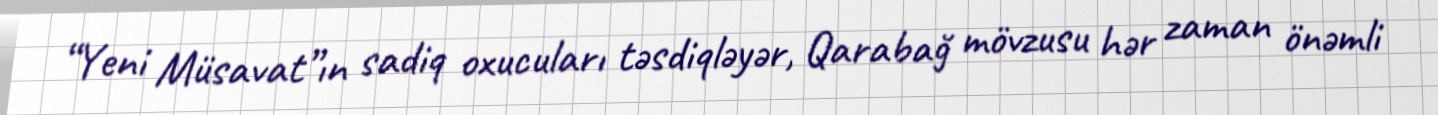
“Yeni Müsavat”ın sadiq oxucuları təsdiqləyər, Qarabağ mövzusu hər zaman önəmli